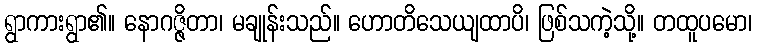
ရွာကားရွာ၏။ နောဂဇ္ဇိတာ၊ မချုန်းသည်။ ဟောတိသေယျထာပိ၊ ဖြစ်သကဲ့သို့။ တထူပမော၊